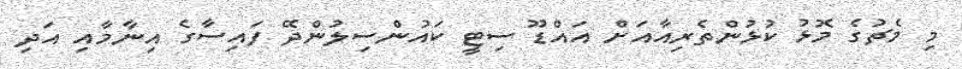
މި މެޗުގެ މޮޅު ކުޅުންތެރިއާއަށް އައްޑޫ ސިޓީ ކައުންސިލުންދޭ ފައިސާގެ އިނާމާއި އަދި